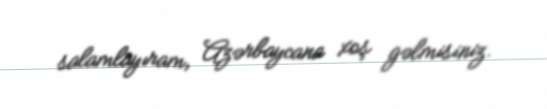
salamlayıram, Azərbaycana xoş gəlmisiniz.